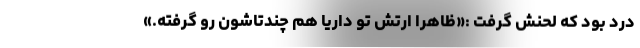
درد بود که لحنش گرفت :«ظاهراً ارتش تو داریا هم چندتاشون رو گرفته.»